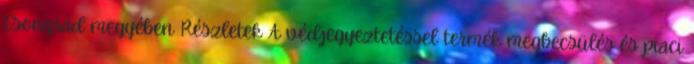
Csongrád megyében Részletek A védjegyeztetéssel termék megbecsülés és piaci